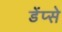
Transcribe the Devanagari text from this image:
डेंप्से